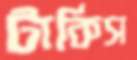
টার্কিস